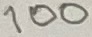
Text: 100